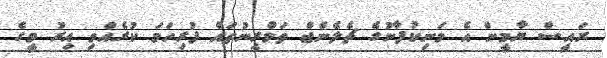
ރައީސް ޔާމީން އެ މަނިކުފާނުގެ ޗެލެންޖް ތަމްރީނުތައް ފުރިހަމަ ކުރެއްވި އިރު މީގެ